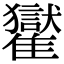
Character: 𩁓